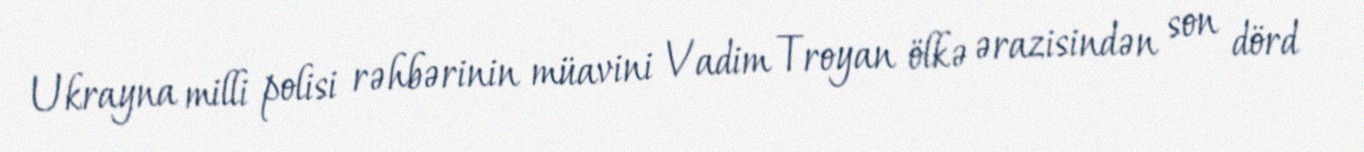
Ukrayna milli polisi rəhbərinin müavini Vadim Troyan ölkə ərazisindən son dörd